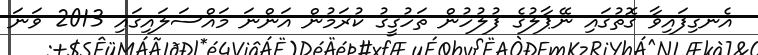
އެނގިފައިވާ ގޮތުގައި ނޭޕާލުގެ ފުލުހުން ތަހުގީގު ކުރަމުން އަންނަ މައްސަލައިގައި 2013 ވަނަ